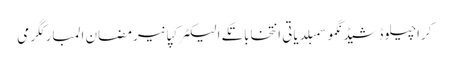
کراچیلوڈشیڈنگموسمبلدیاتی انتخاباتکے الیکٹرکپانیرمضان المبارکگرمی